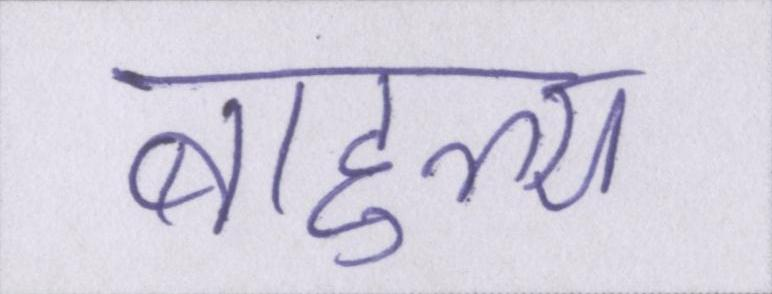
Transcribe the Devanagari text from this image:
बाहुल्य